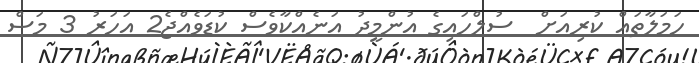
ހަމަލާތައް ކުރިއަށް  ސުލްހައިގެ އުންމީދު އަނެއްކާވެސް ކުޑަވެއްޖެ2 އަހަރު 3 މަސް